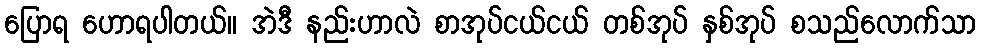
ပြောရ ဟောရပါတယ်။ အဲဒီ နည်းဟာလဲ စာအုပ်ငယ်ငယ် တစ်အုပ် နှစ်အုပ် စသည်လောက်သာ